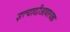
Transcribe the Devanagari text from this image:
इत्यादीआवश्यक